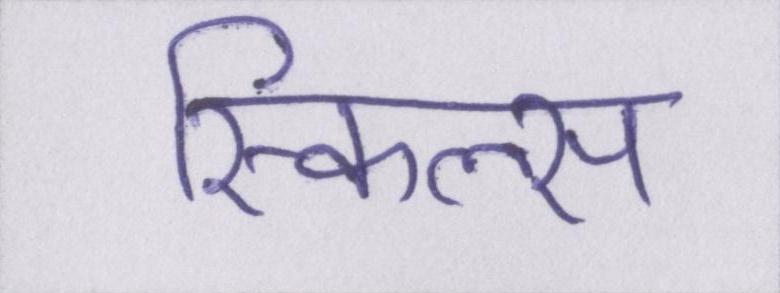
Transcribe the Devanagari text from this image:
स्किल्स